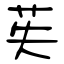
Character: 苵